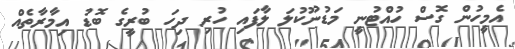
އެމީހުން ގޮސް ހުއްޓުނީ މަޑުނޫކުލަ ލާފައި ހުރި ދިހަ ބުރީގެ ބޮޑު އިމާރާތެއް